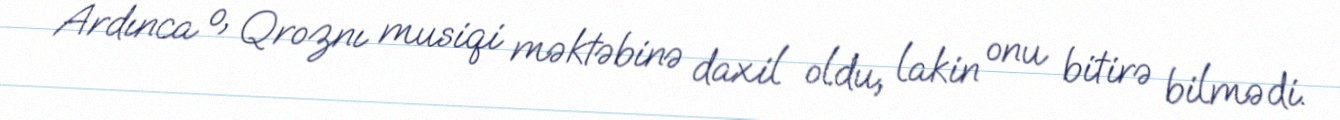
Ardınca o, Qroznı musiqi məktəbinə daxil oldu, lakin onu bitirə bilmədi.